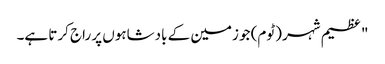
" عظیم شہر (ٹوم) جو زمین کے بادشاہوں پر راج کرتا ہے۔